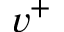
v ^ { + }